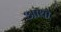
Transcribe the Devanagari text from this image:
आथो